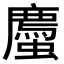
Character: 𫋡